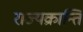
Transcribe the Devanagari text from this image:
राज्यक्रान्ति